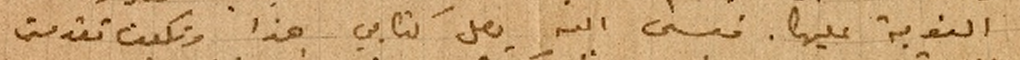
النوبة عليها. فعسى الله يصل كتابي هذا وتكون تقدمت